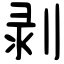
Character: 剥